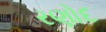
રણોદ